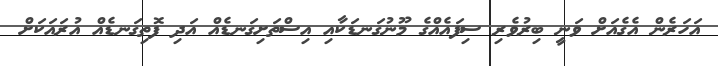
އަހަރެން އެގެއަށް ވަނީ ބިރުވެރި ސިފައެއްގެ މޫނުގަނޑަކާއި އިސްތަށިގަނޑެއް އަދި ފޮތިގަނޑެއް އުރައަކަށް